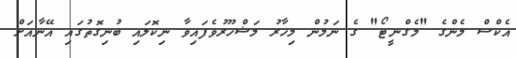
އެކްސް މެންގެ "މެގްނީޓޯ" ގެ ނަމުން މިހާރު މަޝްހޫރުވެފައިވާ ނިކޮލައި ބުނިގޮތުގައި އޭނާއަށް